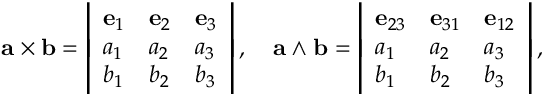
\mathbf { a } \times \mathbf { b } = { \left| \begin{array} { l l l } { \mathbf { e } _ { 1 } } & { \mathbf { e } _ { 2 } } & { \mathbf { e } _ { 3 } } \\ { a _ { 1 } } & { a _ { 2 } } & { a _ { 3 } } \\ { b _ { 1 } } & { b _ { 2 } } & { b _ { 3 } } \end{array} \right| } \, , \quad \mathbf { a } \wedge \mathbf { b } = { \left| \begin{array} { l l l } { \mathbf { e } _ { 2 3 } } & { \mathbf { e } _ { 3 1 } } & { \mathbf { e } _ { 1 2 } } \\ { a _ { 1 } } & { a _ { 2 } } & { a _ { 3 } } \\ { b _ { 1 } } & { b _ { 2 } } & { b _ { 3 } } \end{array} \right| } \, ,